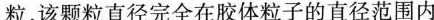
粒，该颗粒直径完全在胶体粒子的直径范围内